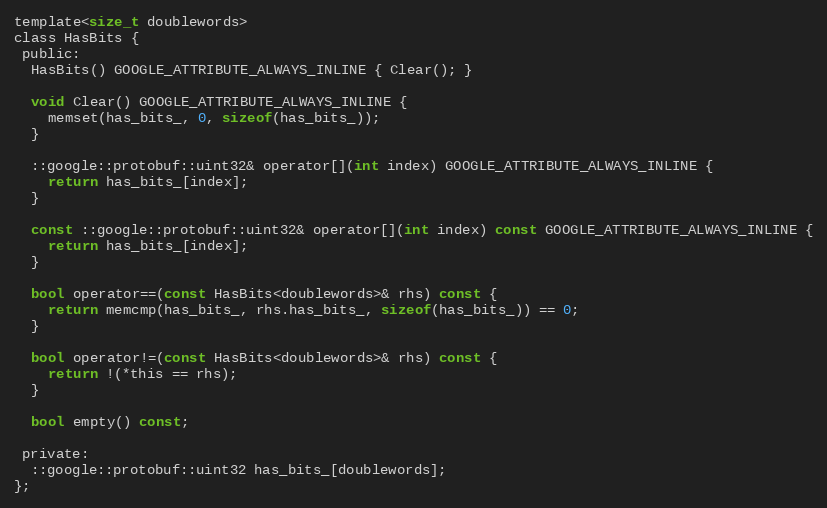
Language: C
template<size_t doublewords>
class HasBits {
 public:
  HasBits() GOOGLE_ATTRIBUTE_ALWAYS_INLINE { Clear(); }

  void Clear() GOOGLE_ATTRIBUTE_ALWAYS_INLINE {
    memset(has_bits_, 0, sizeof(has_bits_));
  }

  ::google::protobuf::uint32& operator[](int index) GOOGLE_ATTRIBUTE_ALWAYS_INLINE {
    return has_bits_[index];
  }

  const ::google::protobuf::uint32& operator[](int index) const GOOGLE_ATTRIBUTE_ALWAYS_INLINE {
    return has_bits_[index];
  }

  bool operator==(const HasBits<doublewords>& rhs) const {
    return memcmp(has_bits_, rhs.has_bits_, sizeof(has_bits_)) == 0;
  }

  bool operator!=(const HasBits<doublewords>& rhs) const {
    return !(*this == rhs);
  }

  bool empty() const;

 private:
  ::google::protobuf::uint32 has_bits_[doublewords];
};